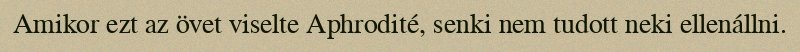
Amikor ezt az övet viselte Aphrodité, senki nem tudott neki ellenállni.